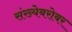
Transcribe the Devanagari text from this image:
संख्येबरोबर